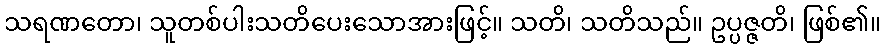
သရဏတော၊ သူတစ်ပါးသတိပေးသောအားဖြင့်။ သတိ၊ သတိသည်။ ဥပ္ပဇ္ဇတိ၊ ဖြစ်၏။